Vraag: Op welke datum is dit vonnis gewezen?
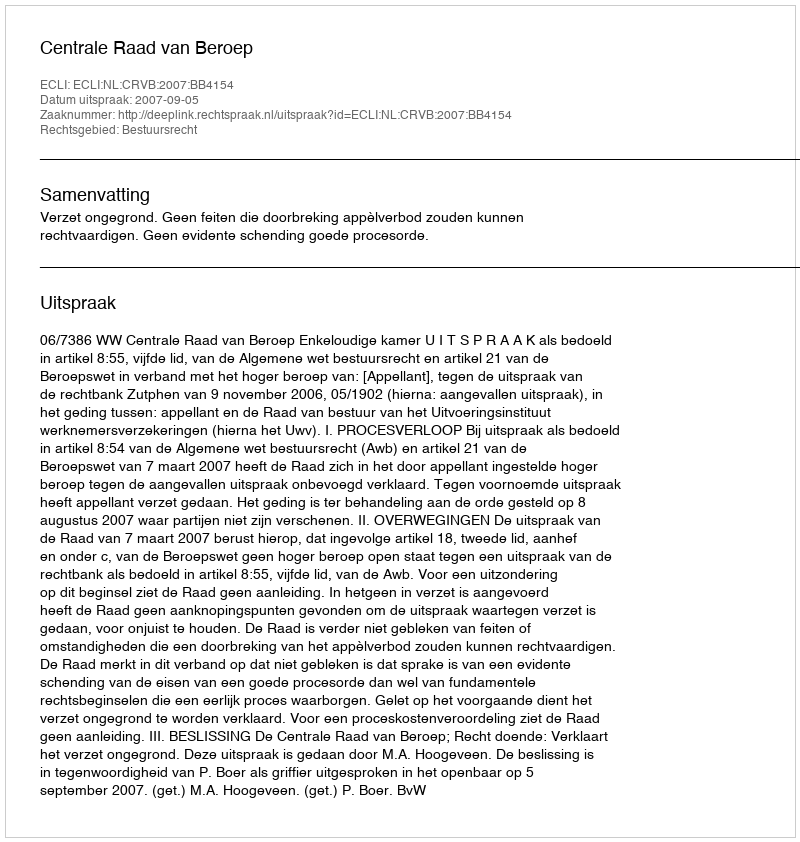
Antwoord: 2007-09-05